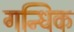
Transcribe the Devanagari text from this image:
गन्धिक